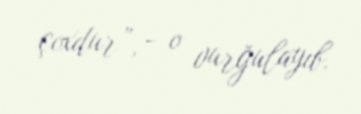
çoxdur”, - o vurğulayıb.